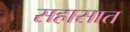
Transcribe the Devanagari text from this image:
सहासात